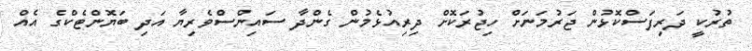
ތުރުކީ ދަރިފަސްކޮޅުން ޖަރުމަނަށް ހިޖުރަކޮށް ދިރިއުޅެމުން ގެންދާ ސައިންސްވެރިޔާ އަދި ބަޔޮންޓެކްގެ އެއް